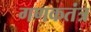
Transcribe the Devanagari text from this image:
गणकतंत्र